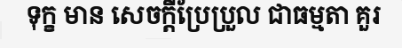
ទុក្ខ មាន សេចក្តីប្រែប្រួល ជាធម្មតា គួរ